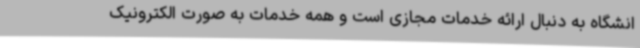
انشگاه به دنبال ارائه خدمات مجازی است و همه خدمات به صورت الکترونیک